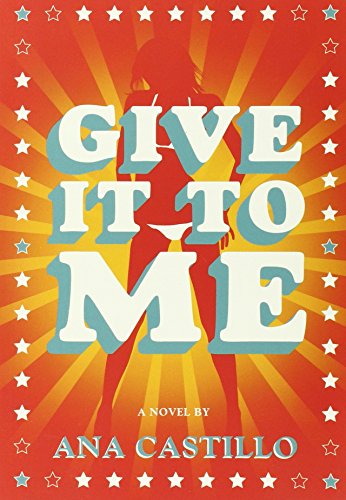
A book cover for Give It To Me; Ana Castillo; Romance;